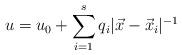
LaTeX: \begin{align*}u = u_0 + \sum_{i=1}^s q_i | \vec{x} - \vec{x}_i | ^{-1}\end{align*}